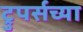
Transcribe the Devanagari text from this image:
ट्रुपर्सच्या